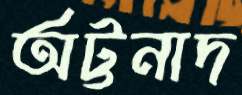
অট্টনাদ